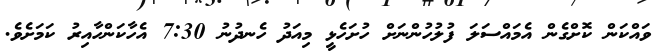
ވައްކަން ކޮށްގެން އެމައްސަލަ ފުލުހުންނަށް ހުށަހެޅީ މިއަދު ހެނދުނު 7:30 އެހާކަންހާއިރު ކަމަށެވެ.